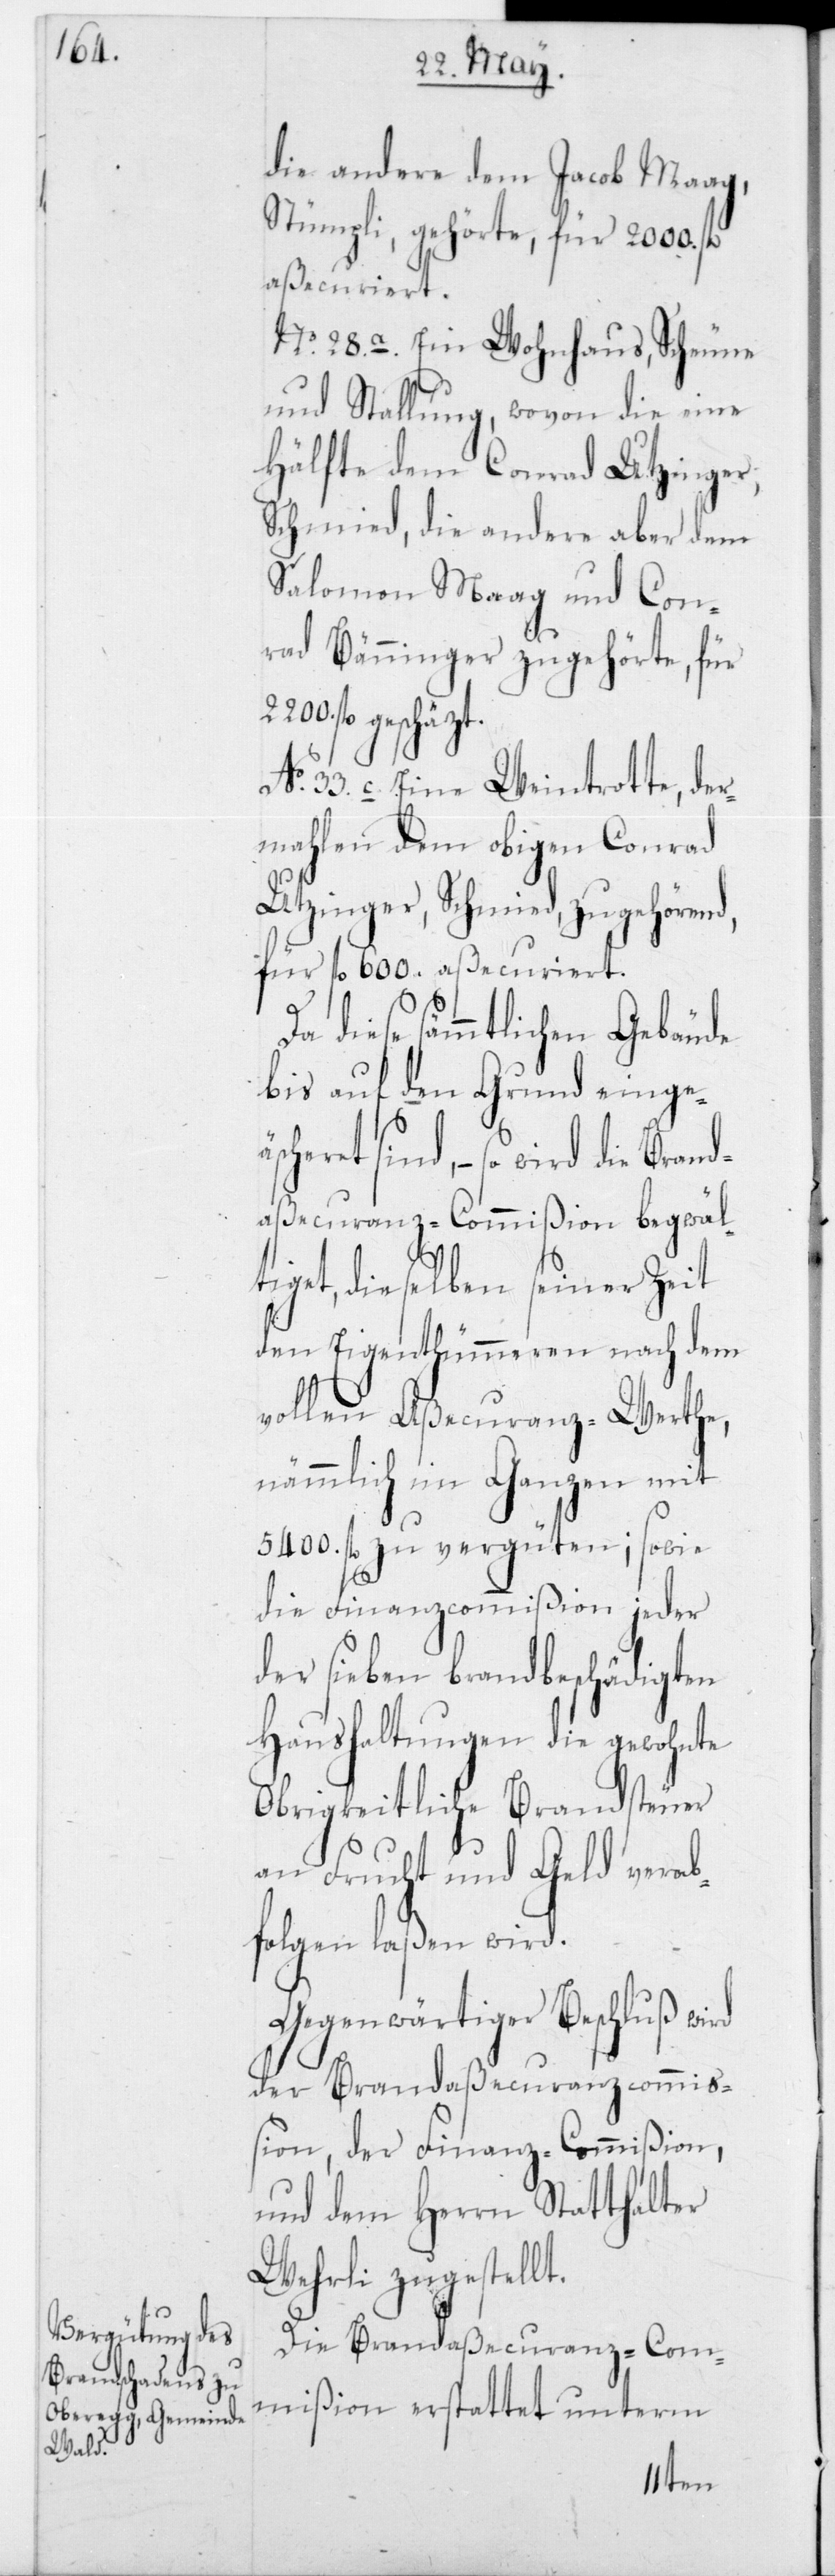
die andere dem Jacob Maag,
Stümpli, gehörte, für 2000 f¬
l.aßecuriert.
No 28a, ein Wohnhaus, Scheune
und Stallung, wovon die eine
Hälfte dem Conrad Utzinger,
Schmied, die andere aber dem
Salomon Maag und Con¬
rad Bänninger zugehörte, für
äscheret
No 33 c, eine Weintrotte, der¬
mahlen dem obigen Conrad
Utzinger, Schmied, zugehörend,
für fl. 600 aßecuriert.
diese sämmtlichen Gebäude
bis auf den Grund einge¬
sind, – so wird die Brand¬
aßecuranz-Commißion begwäl¬
tiget, dieselben seiner Zeit
den Eigenthümmeren nach dem
vollen Aßecuranz-Werthe,
nämmlich im Ganzen mit
5400 fl. zu vergüten; sowie
die Finanzcommißion jeder
der sieben brandbeschädigten
Haushaltungen die gewohnte
Obrigkeitliche Brandsteuer
an Frucht und Geld verab¬
folgen laßen wird.
Gegenwärtiger Beschluß wird
der Brandaßecuranzcommiß¬
ion, der Finanz-Commißion
und dem Herrn Statthalter
Wehrli zugestellt.
Die Brandaßecuranz-Com¬
mißion erstattet unterm